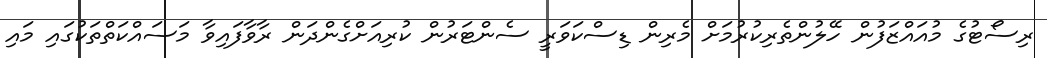
ރިސޯޓުގެ މުއައްޒަފުން ހޭލުންތެރިކުރުމަށް މެރިން ޑިސްކަވަރީ ސެންޓަރުން ކުރިއަށްގެންދަން ރާވާފައިވާ މަސައްކަތްތަކުގައި މައި